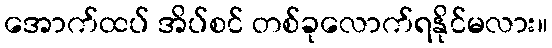
အောက်ထပ် အိပ်စင် တစ်ခုလောက်ရနိုင်မလား။